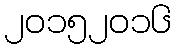
၂၀၁၅၂၀၁၆